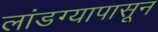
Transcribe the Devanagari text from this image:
लांडग्यापासून